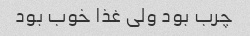
چرب بود ولی غذا خوب بود